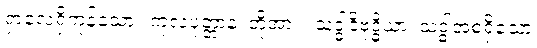
ရှာလေ့ရှိကုန်သော။ ကုလပုတ္တာနံ၊ တို့အား။ သဒ္ဓါဒိဗုဒ္ဓိယာ၊ သဒ္ဓါအစရှိသော